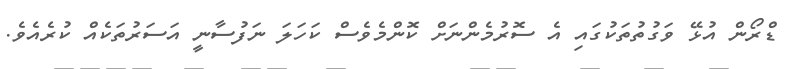
ޑްރޯން އުޅޭ ވަގުތުތަކުގައި އެ ސޮރުމެންނަށް ކޮންމެވެސް ކަހަލަ ނަފުސާނީ އަސަރުތަކެއް ކުރެއެވެ.